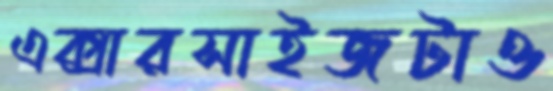
এক্সারসাইজটাও